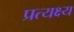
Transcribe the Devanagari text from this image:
प्रत्यक्ष्य